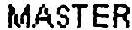
MASTER